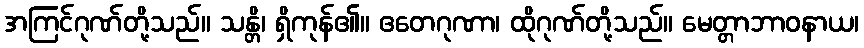
အကြင်ဂုဏ်တို့သည်။ သန္တိ၊ ရှိကုန်၏။ ဧတေဂုဏာ၊ ထိုဂုဏ်တို့သည်။ မေတ္တာဘာဝနာယ၊